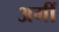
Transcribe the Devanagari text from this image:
अगीं